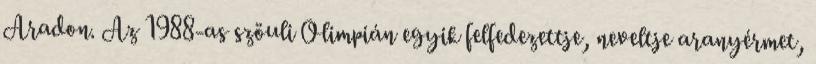
Aradon. Az 1988-as szöuli Olimpián egyik felfedezettje, neveltje aranyérmet,